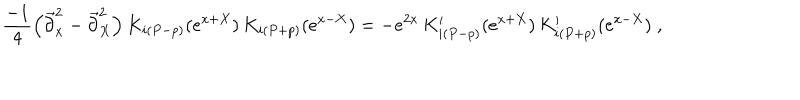
\frac { - 1 } { 4 } \left( \overrightarrow { \partial } _ { x } ^ { 2 } - \overrightarrow { \partial } _ { X } ^ { 2 } \right) K _ { i \left( P - p \right) } ( e ^ { x + X } ) \, K _ { i \left( P + p \right) } ( e ^ { x - X } ) = - e ^ { 2 x } \, K _ { i \left( P - p \right) } ^ { \prime } ( e ^ { x + X } ) \, K _ { i \left( P + p \right) } ^ { \prime } ( e ^ { x - X } ) \; ,